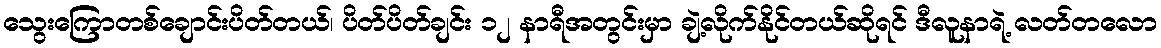
သွေးကြောတစ်ချောင်းပိတ်တယ်၊ ပိတ်ပိတ်ချင်း ၁၂ နာရီအတွင်းမှာ ချဲ့လိုက်နိုင်တယ်ဆိုရင် ဒီလူနာရဲ့ လတ်တလော